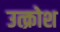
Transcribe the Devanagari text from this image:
उत्क्रोश